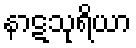
နာဋသုရိယာ